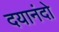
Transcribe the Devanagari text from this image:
दयानंदो